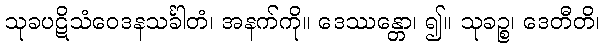
သုခပဋိသံဝေဒနသင်္ခါတံ၊ အနက်ကို။ ဒေဿန္တော၊ ၍။ သုခဉ္စ၊ ဒေတီတိ၊